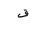
Letter: _qaf